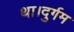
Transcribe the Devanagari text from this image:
था।दुर्गम